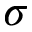
\sigma